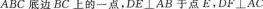
ABC底边BC上的一点，DE⊥AB于点E，DF⊥AC